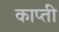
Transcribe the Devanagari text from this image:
काप्ती